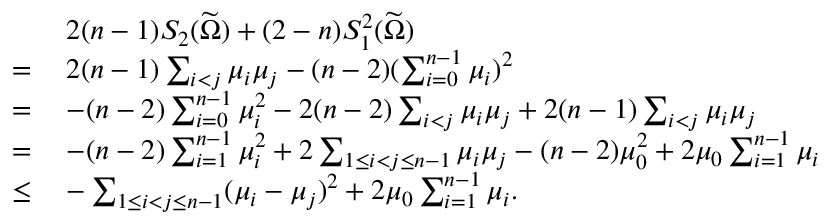
\begin{array} { r l } & { \: 2 ( n - 1 ) S _ { 2 } ( \widetilde { \Omega } ) + ( 2 - n ) S _ { 1 } ^ { 2 } ( \widetilde { \Omega } ) } \\ { = } & { \: 2 ( n - 1 ) \sum _ { i < j } \mu _ { i } \mu _ { j } - ( n - 2 ) ( \sum _ { i = 0 } ^ { n - 1 } \mu _ { i } ) ^ { 2 } } \\ { = } & { \: - ( n - 2 ) \sum _ { i = 0 } ^ { n - 1 } \mu _ { i } ^ { 2 } - 2 ( n - 2 ) \sum _ { i < j } \mu _ { i } \mu _ { j } + 2 ( n - 1 ) \sum _ { i < j } \mu _ { i } \mu _ { j } } \\ { = } & { \: - ( n - 2 ) \sum _ { i = 1 } ^ { n - 1 } \mu _ { i } ^ { 2 } + 2 \sum _ { 1 \leq i < j \leq n - 1 } \mu _ { i } \mu _ { j } - ( n - 2 ) \mu _ { 0 } ^ { 2 } + 2 \mu _ { 0 } \sum _ { i = 1 } ^ { n - 1 } \mu _ { i } } \\ { \leq } & { \: - \sum _ { 1 \leq i < j \leq n - 1 } ( \mu _ { i } - \mu _ { j } ) ^ { 2 } + 2 \mu _ { 0 } \sum _ { i = 1 } ^ { n - 1 } \mu _ { i } . } \end{array}